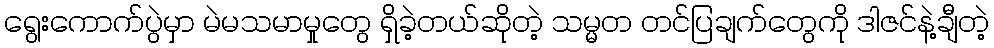
ရွေးကောက်ပွဲမှာ မဲမသမာမှုတွေ ရှိခဲ့တယ်ဆိုတဲ့ သမ္မတ တင်ပြချက်တွေကို ဒါဇင်နဲ့ချီတဲ့